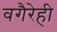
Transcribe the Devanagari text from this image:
वगैरेही